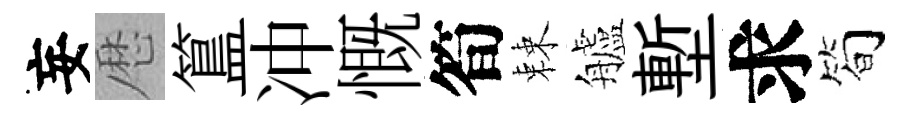
妄厯簋冲慨筍棘艫塹求筍